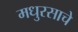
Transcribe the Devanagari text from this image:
मधुरसाचे